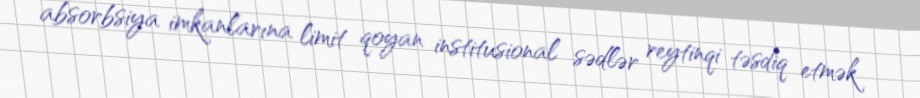
absorbsiya imkanlarına limit qoyan institusional sədlər reytinqi təsdiq etmək